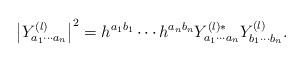
LaTeX: \begin{align*}\left| Y^{(l)}_{a_1 \cdots a_n} \right|^2 = h^{a_1b_1} \cdots h^{a_nb_n} Y^{(l)*}_{a_1 \cdots a_n} Y^{(l)}_{b_1 \cdots b_n}.\end{align*}